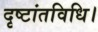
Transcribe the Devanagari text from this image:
दृष्टांतविधि।